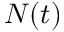
N ( t )